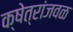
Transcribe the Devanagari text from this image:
क्षेत्रांजवळ